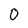
Character: 0